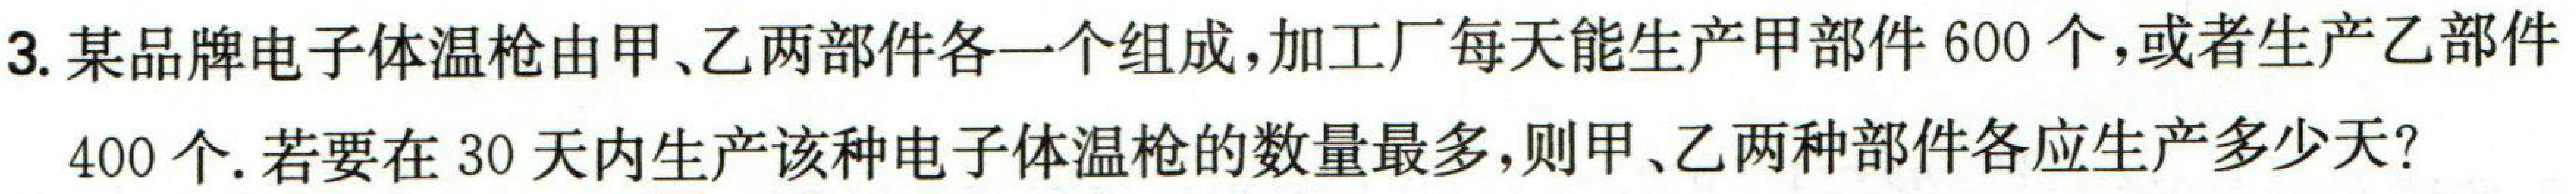
3. 某品牌电子体温枪由甲、乙两部件各一个组成，加工厂每天能生产甲部件600个，或者生产乙部件400个. 若要在30天内生产该种电子体温枪的数量最多，则甲、乙两种部件各应生产多少天？